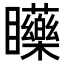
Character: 𥍐